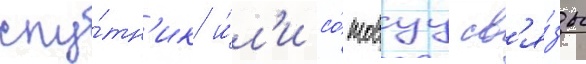
спу́тн'ик и́л'и со́товуу св'я́зь